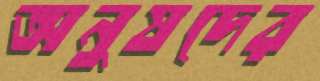
অনুষদের